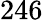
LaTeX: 246